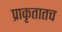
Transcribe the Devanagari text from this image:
प्राकृतातच